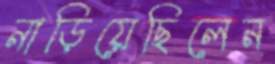
নাড়িয়েছিলেন